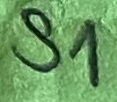
Text: S1